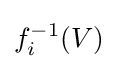
f_{i}^{-1}(V)